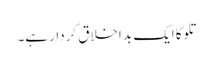
تلوکا ایک بد اخلاق کردار ہے۔